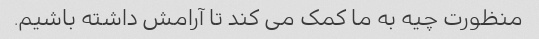
منظورت چیه به ما کمک می کند تا آرامش داشته باشیم.